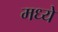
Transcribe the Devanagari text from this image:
मध्येे